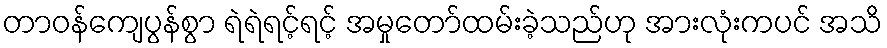
တာဝန်ကျေပွန်စွာ ရဲရဲရင့်ရင့် အမှုတော်ထမ်းခဲ့သည်ဟု အားလုံးကပင် အသိ